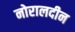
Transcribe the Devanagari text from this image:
नोरालदीन